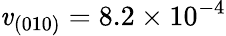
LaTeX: \mathit{v}_{(010)}=8.2\times10^{-4}